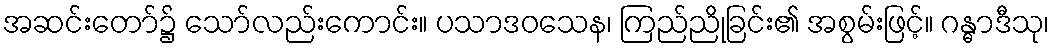
အဆင်းတော်၌ သော်လည်းကောင်း။ ပသာဒဝသေန၊ ကြည်ညိုခြင်း၏ အစွမ်းဖြင့်။ ဂန္ဓာဒီသု၊